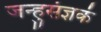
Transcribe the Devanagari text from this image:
जन्हुसंज्ञकं